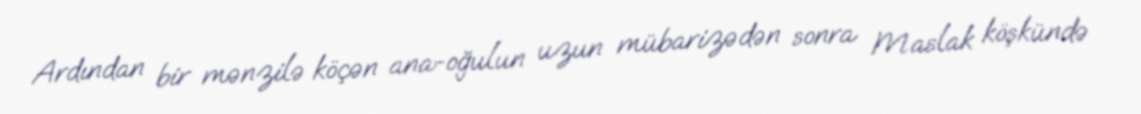
Ardından bir mənzilə köçən ana-oğulun uzun mübarizədən sonra Maslak köşkündə